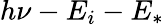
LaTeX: h\nu-E_{i}-E_{*}